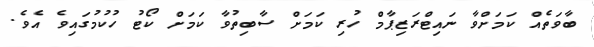
ބާވަތެއް ކަމަށްވާ ނައިޓްރަޒިޕާމް ހުރި ކަމަށް ސާބިތުވާ ކަމަށް ކޯޓު ހުކުމުގައިވެ އެވެ.